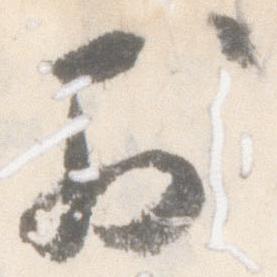
於